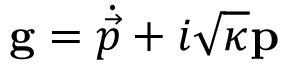
\mathbf { g } = \dot { \vec { p } } + i \sqrt { \kappa } \mathbf { p }